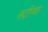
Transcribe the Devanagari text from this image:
रूटीनचा